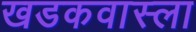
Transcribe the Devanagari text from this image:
खडकवास्ला